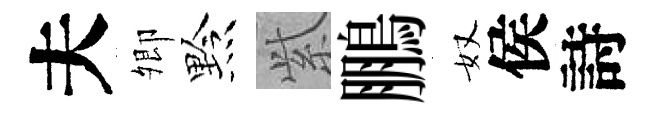
夫𡖖黔𬗋鵬奴侯詩